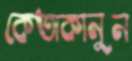
কেতাকানুন